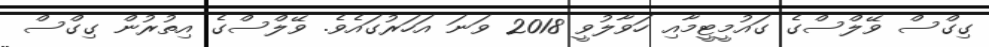
ގިގްސް ވޭލްސްގެ ގައުމީޓީމާއި ހަވާލުވީ 2018 ވަނަ އަހަރުގައެވެ. ވޭލްސްގެ އިތުރުން ގިގްސް